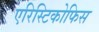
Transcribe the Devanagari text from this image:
एरिस्टिकोफिस